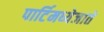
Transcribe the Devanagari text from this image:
पार्टिमध्येजाते